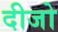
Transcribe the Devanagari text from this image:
दीजो